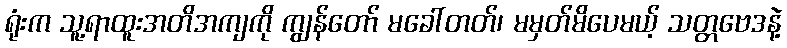
ရုံးက သူ့ရာထူးအတိအကျကို ကျွန်တော် မခေါ်တတ်၊ မမှတ်မိပေမယ့် သတ္တဗေဒနဲ့